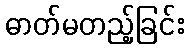
ဓာတ်မတည့်ခြင်း